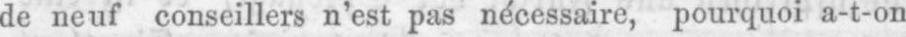
de neuf conseillers n’est pas nécessaire, pourquoi a-t-on